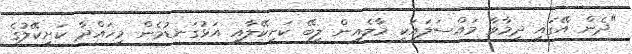
"ދެން އޭގައި ދިމާވާ މައްސަލައަކީ މާލެއިން ލިބޭ ކަށިކޭލާއި އަޅުގަނޑުމެން މިހައްދާ ކަށިކޭލުގެ